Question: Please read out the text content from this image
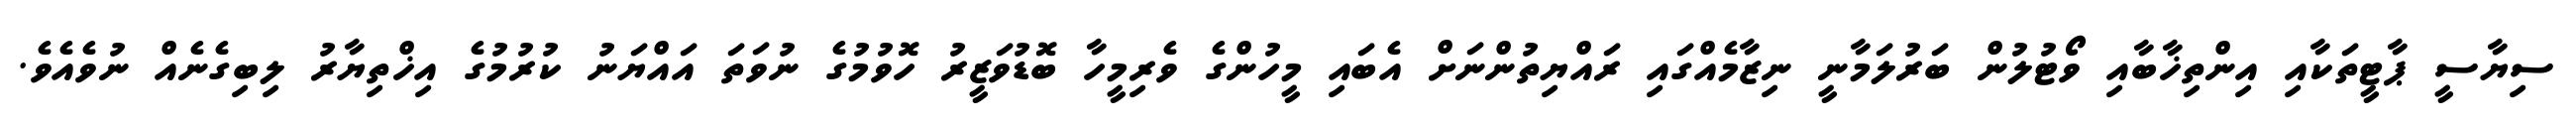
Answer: ސިޔާސީ ޕާޓީތަކާއި އިންތިޚާބާއި ވޯޓުލުން ބަރުލަމާނީ ނިޒާމެއްގައި ރައްޔިތުންނަށް އެބައި މީހުންގެ ވެރިމީހާ ބޮޑުވަޒީރު ހޮވުމުގެ ނުވަތަ އައްޔަނު ކުރުމުގެ އިޚްތިޔާރު ލިބިގެނެއް ނުވެއެވެ.